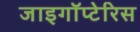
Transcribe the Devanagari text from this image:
जाइगॉप्टेरिस